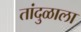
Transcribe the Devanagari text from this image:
तांदुळाला